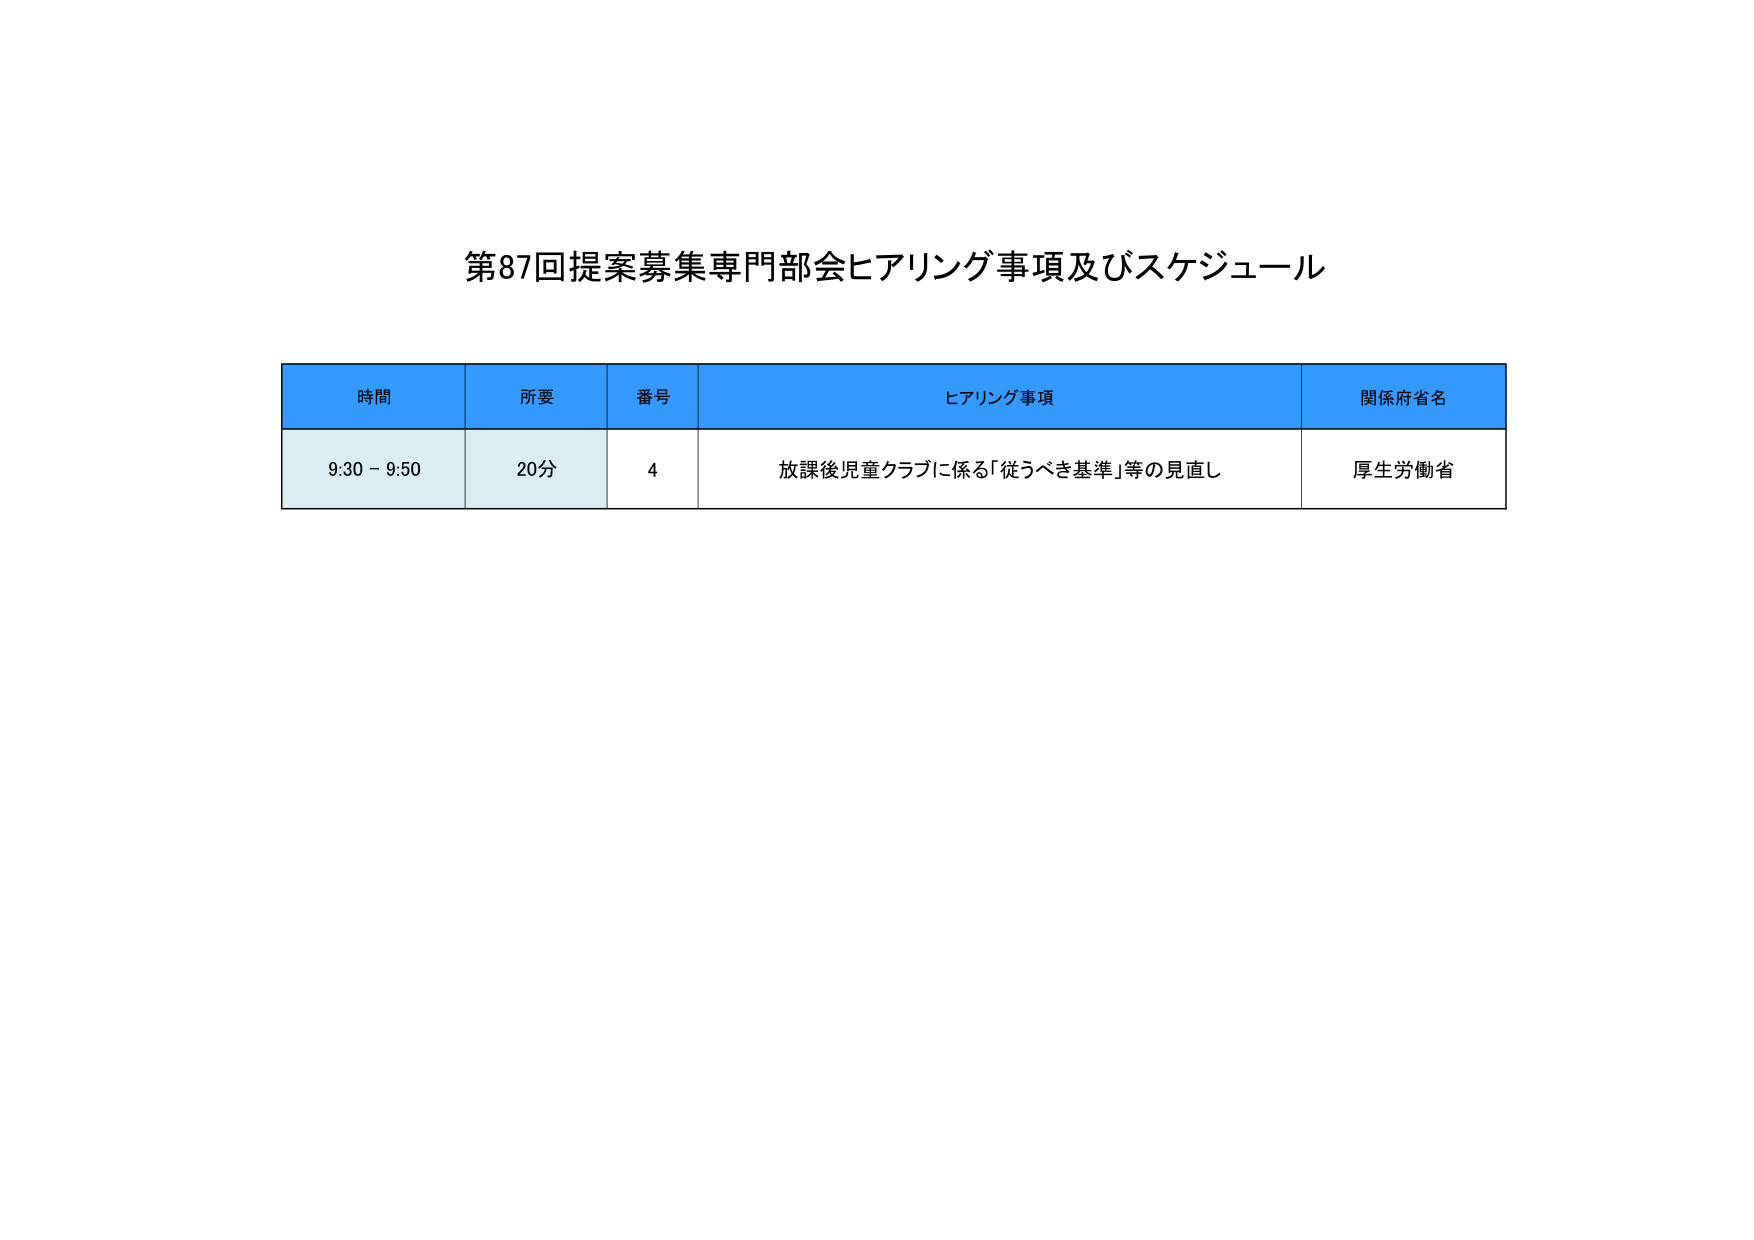
第87回提案募集専門部会ヒアリング事項及びスケジュール

時間　　所要　　番号　　ヒアリング事項　　関係府省名
9:30 - 9:50　20分　　4　　放課後児童クラブに係る「従うべき基準」等の見直し　　厚生労働省